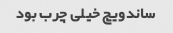
ساندویچ خیلی چرب بود